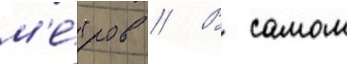
м'е́тров // В самом